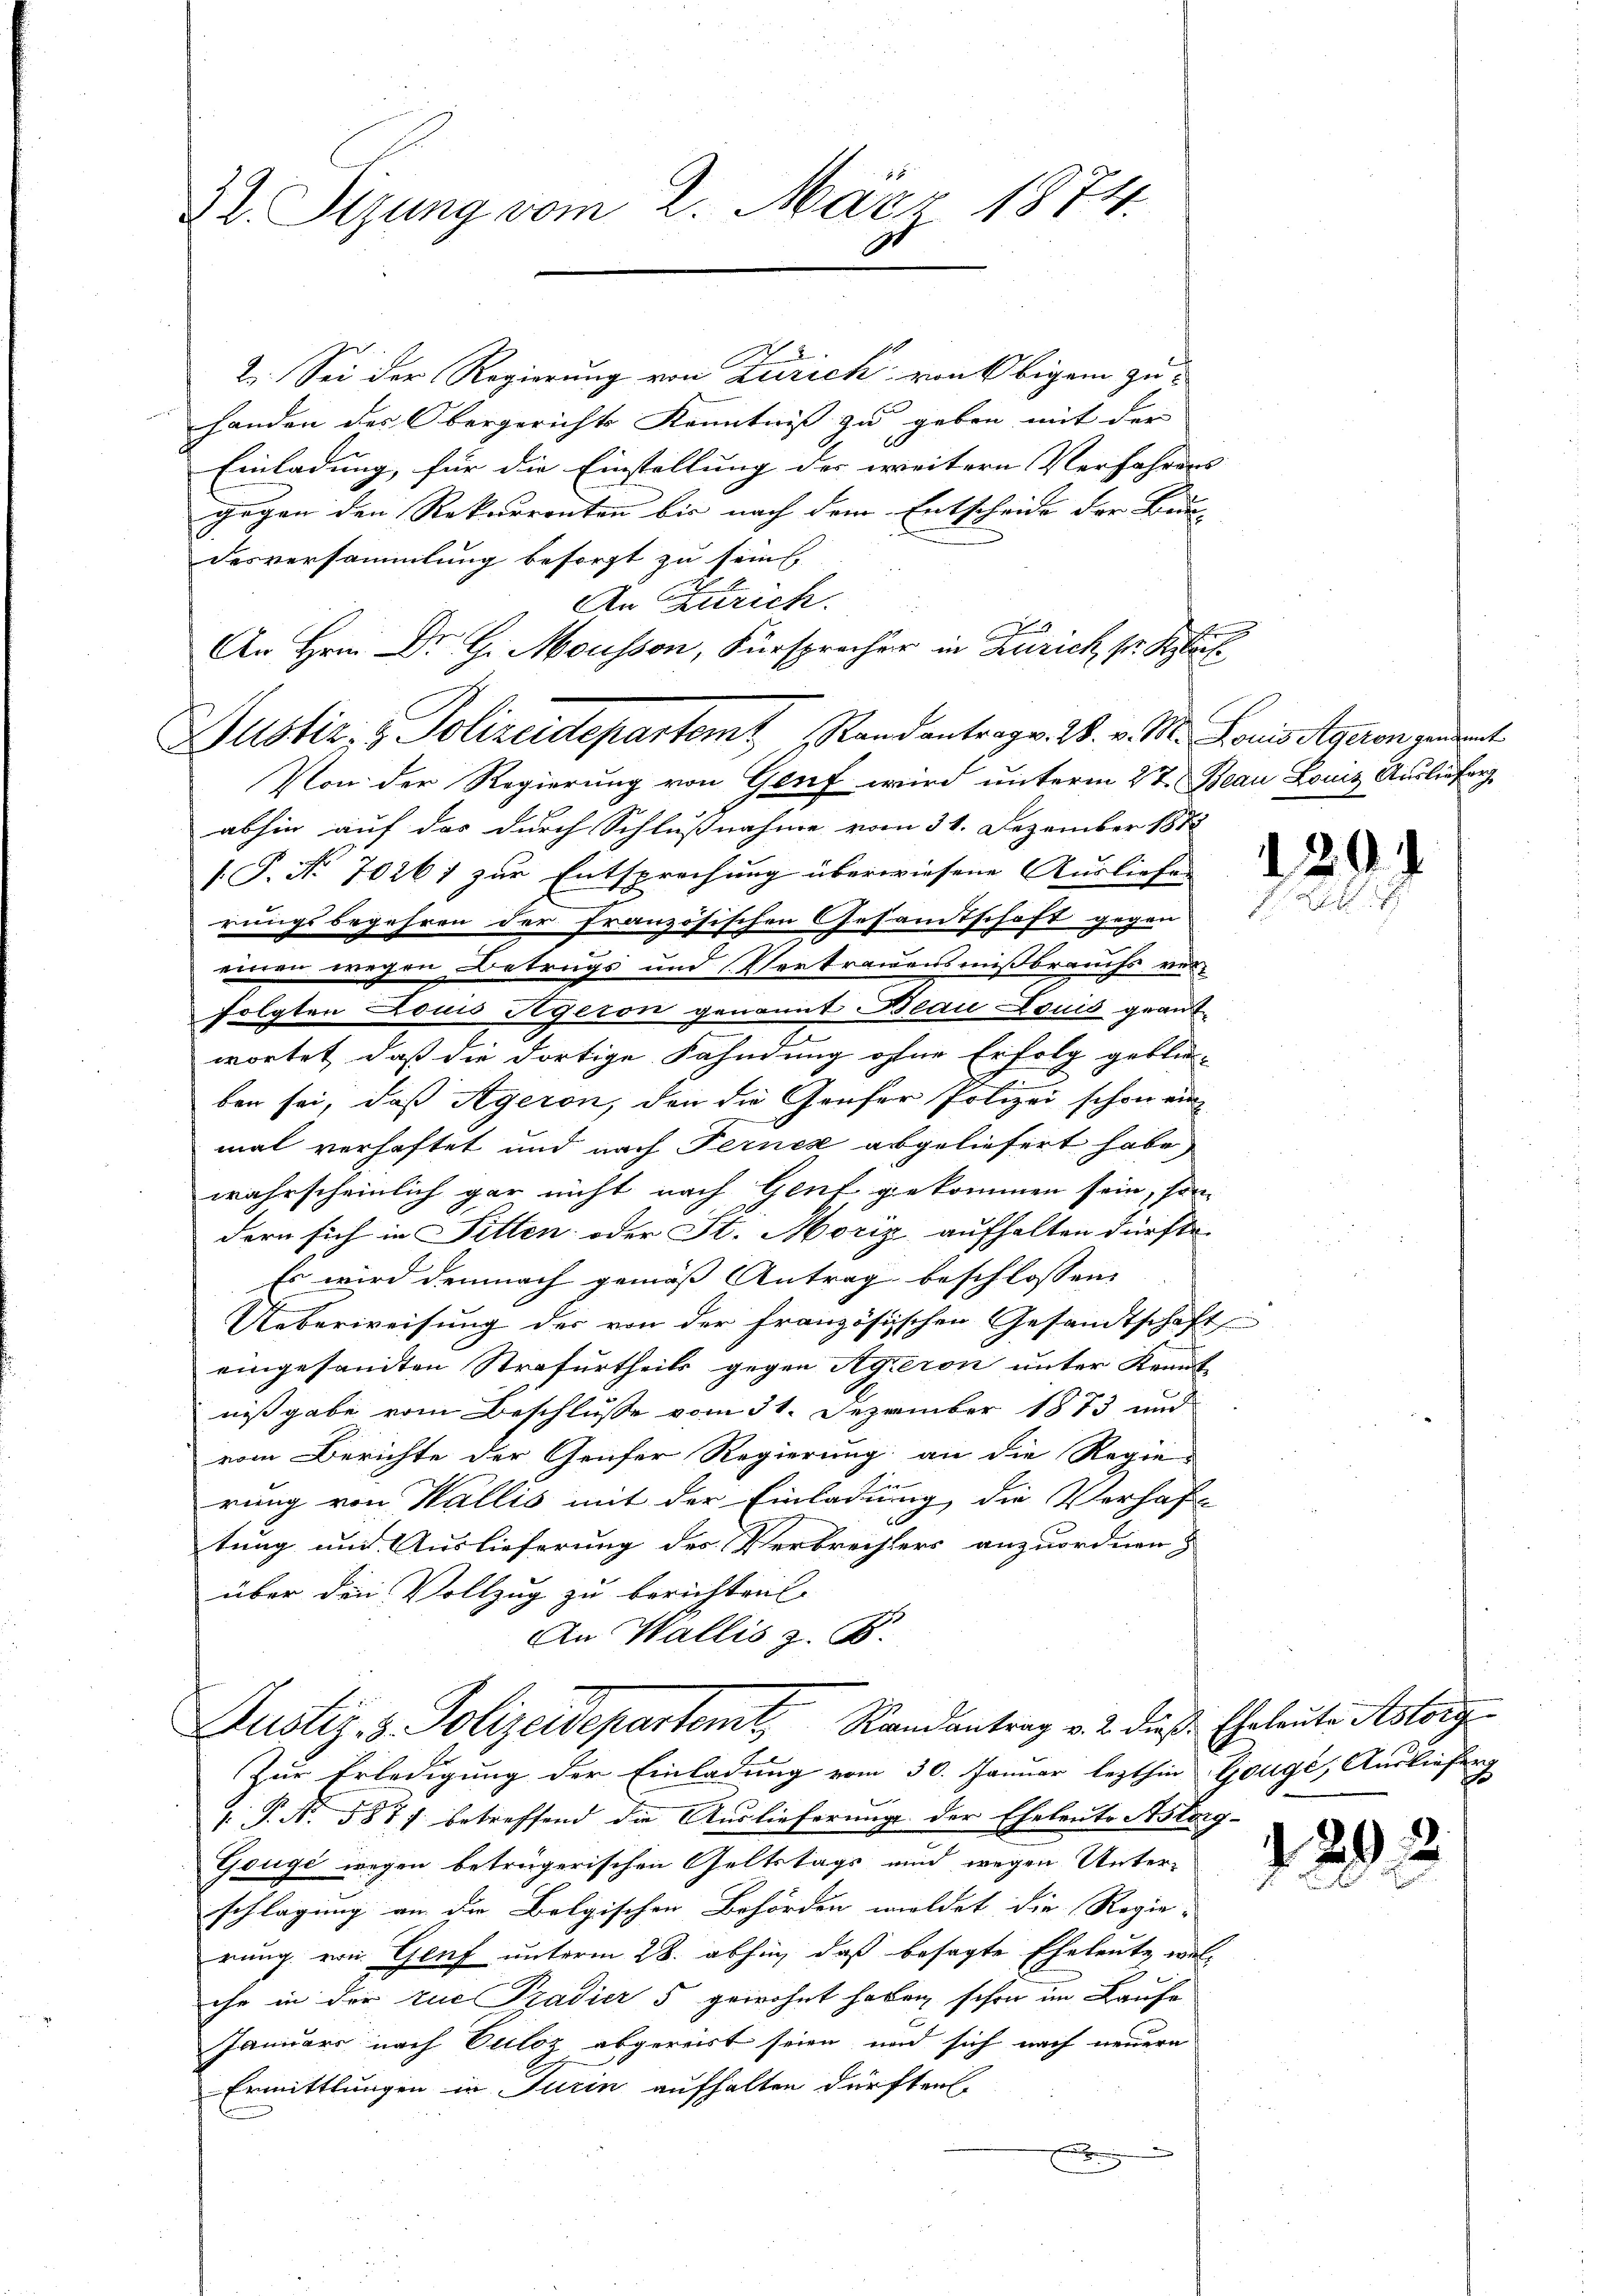
22. Sigung vom 2. März 1874.

2. Sei der Regierung von Zürich von Obigem zu
handen des Obergerichte Kenntniß zu geben mit der |
Einladung, für die Einstellung der weitern Verfahrens |
gegen den Rekurrenten bis nach dem Entscheide der Beden- |
desversammlung besorgt zu sein
An Zürich.
Von der Regierung von Genf wird unterm 2t. Beau Louis Ausliefer
abhin auf das durch Schlußnahme vom 31. Dezember 1882
/. P. No 70261 zur Entsprechung überwiesene Ausliefen
rungsbegehren der französischen Gesamtschaft gegen
einen wegen Betrugs und Vertrauensmißbrauchs verfolgten Louis Ageron genannt Beau Louis geantwortet, daß die dortige Fahndung ohne Erfolg geblie-
ben sei, daß Rgeron, den die Grufer Polizei schon ein
mal verhaftet und nach Fernez abgeliefert habe,
wahrscheinlich gar nicht nach Genf gekommen sein, son
dern sich in Sitten oder St. Moriz aufhalten dürfte.
Es wird demnach gemäß Antrag beschlossen,
Ueberweisung des von der französischen Gesandtschaft
eingesandten Strafurtheils gegen Ageron unter Kennt
nißgabe vom Beschlusse vom 31. Dezember 1873 und
vom Berichte der Genfer Regierung an die Regier
rung von Wallis mit der Einladung die Verhaftung und Auslieferung des Verbrechters anzuordnen
über den Vollzug zu berichten.
An Wallis z. B.
Justiz- & Polizeidepartemt, Randantrag v. 2. dieß: Eheleute Aslorg
Zur Erledigung der Einladung vom 30. Januar lezthin Gouge, Auslieferg
[ P. N. 587 f. betreffend die Auslieferung der Eheleute Astorg-
Gouge wegen beträgerischen Geltstags und wegen Unterschlagung an die Belgischen Behörden woldet die Regierung von Genf unterm 28. abhin, daß besagte Eheleute, welihr in der zue Pradier 5 gewohnt haben schon im Laufe
Januars nach Culoz abgereist seien und sich nach neuern
Ermittlungen in Turin aufhalten dürften.
E

An Hrn. Dr G. Mousson, Fürspracher in Zürich sr. Klas
Justiz- & Polizeidepartemt Randantrag v. W. v. M. Loris geren gedent

229.

29